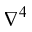
\nabla ^ { 4 }